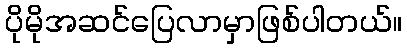
ပိုမိုအဆင်ပြေလာမှာဖြစ်ပါတယ်။